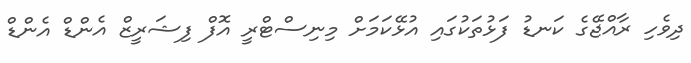
ދިވެހި ރާއްޖޭގެ ކަނޑު ފަޅުތަކުގައި އުޅޭކަމަށް މިނިސްޓްރީ އޮފް ފިޝަރީޒް އެންޑް އެންޑް